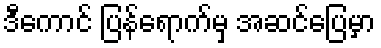
ဒီကောင် ပြန်ရောက်မှ အဆင်ပြေမှာ